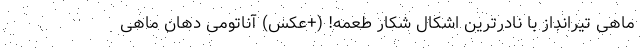
ماهی تیرانداز با نادرترین اشکال شکار طعمه! (+عکس) آناتومی دهان ماهی